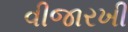
વીજારખી